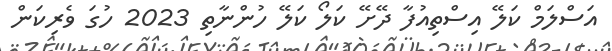
އަސްލަމް ކަލޭ އިސްތިއުފާ ދޭށޭ ކަލޯ ކަލޭ ހުންނާތި 2023 ހުގަ ވެރިކަން